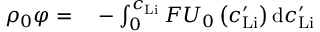
\begin{array} { r l } { \rho _ { 0 } \varphi = } & { { } - \int _ { 0 } ^ { c _ { \mathrm { L i } } } F U _ { 0 } \left( c _ { \mathrm { L i } } ^ { \prime } \right) \mathrm { d } c _ { \mathrm { L i } } ^ { \prime } } \end{array}